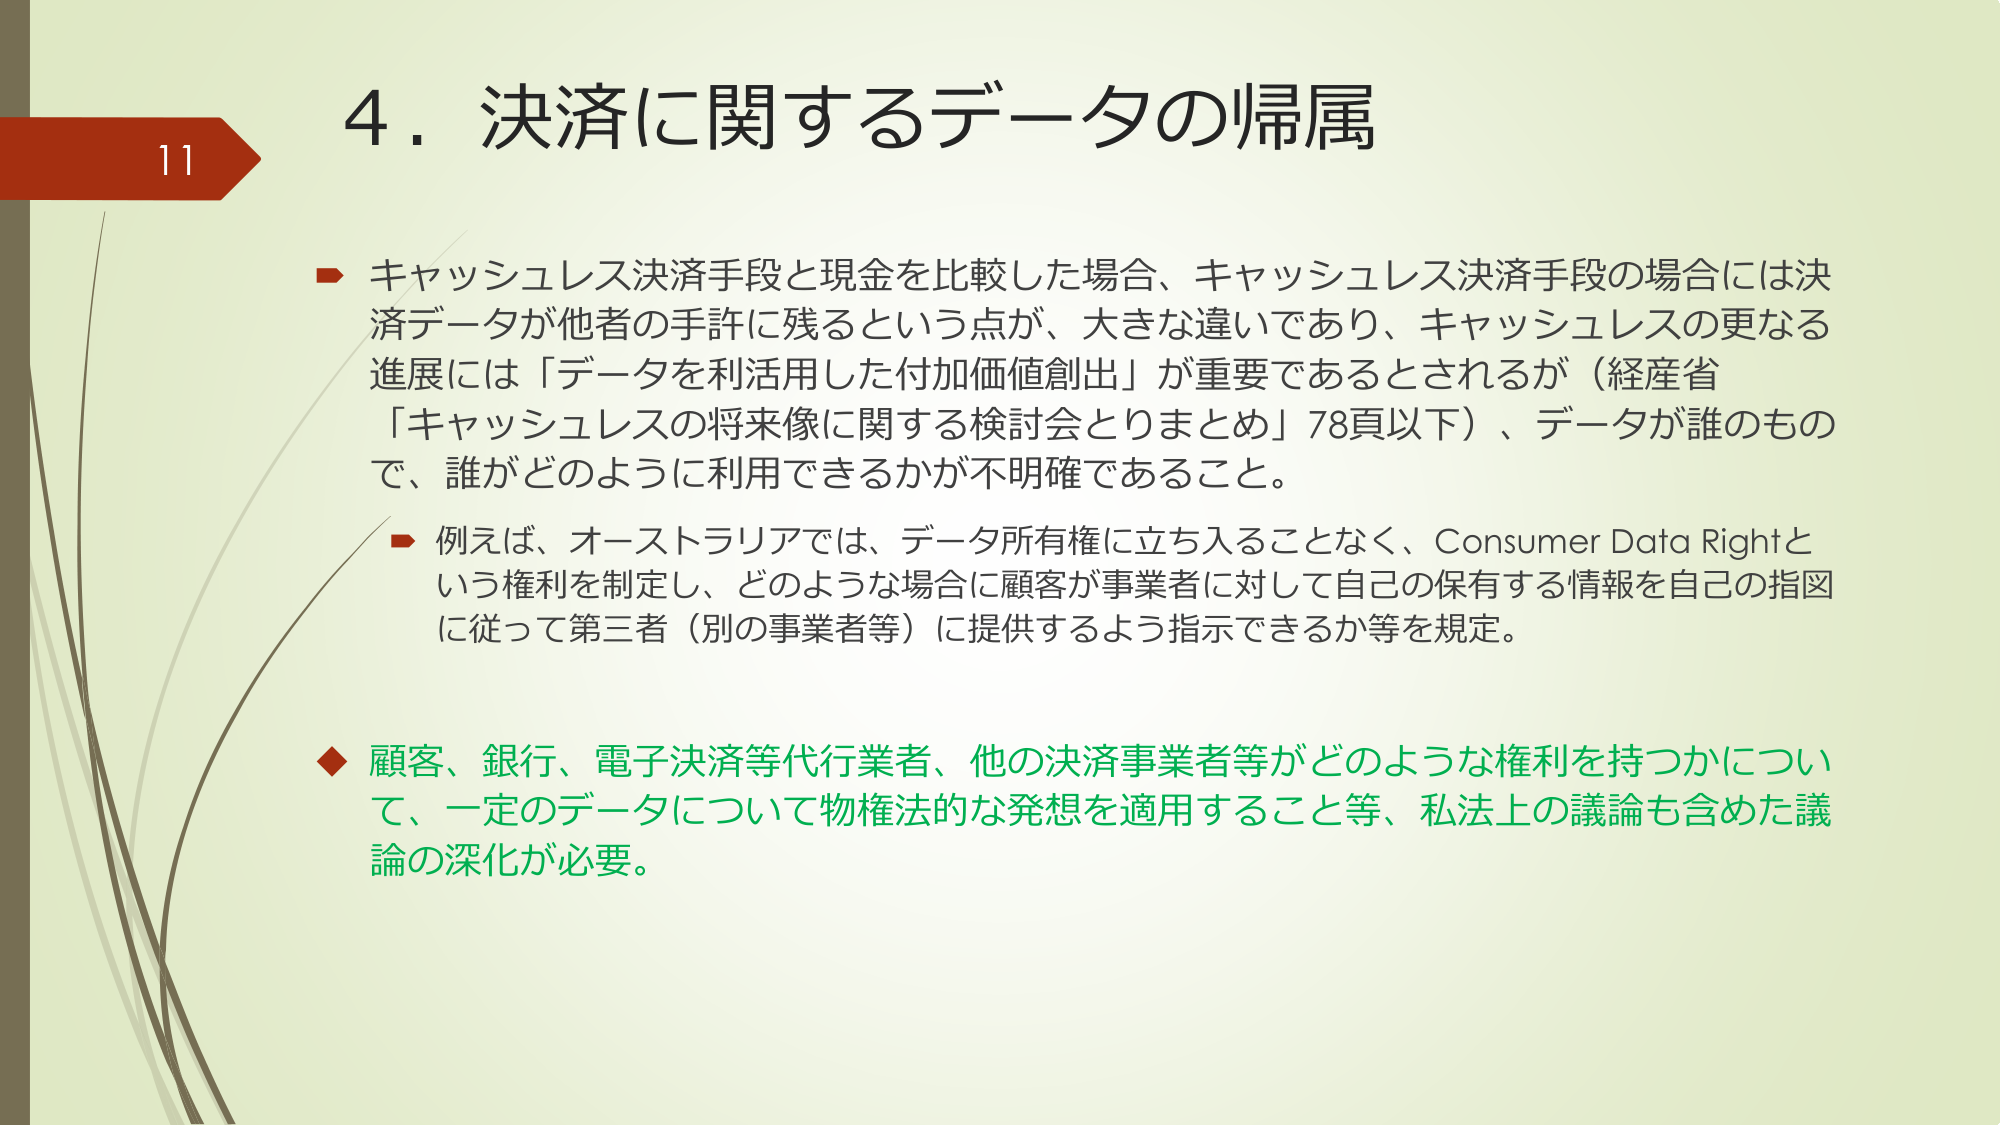
11
4．決済に関するデータの帰属
▶ キャッシュレス決済手段と現金を比較した場合、キャッシュレス決済手段の場合には決済データが他者の手許に残るという点が、大きな違いであり、キャッシュレスの更なる進展には「データを利活用した付加価値創出」が重要であるとされるが（経産省「キャッシュレスの将来像に関する検討会とりまとめ」78頁以下）、データが誰のもので、誰がどのように利用できるかが不明確であること。
▶ 例えば、オーストラリアでは、データ所有権に立ち入ることなく、Consumer Data Rightという権利を制定し、どのような場合に顧客が事業者に対して自己の保有する情報を自己の指図に従って第三者（別の事業者等）に提供するよう指示できるか等を規定。
◆ 顧客、銀行、電子決済等代行業者、他の決済事業者等がどのような権利を持つかについて、一定のデータについて物権法的な発想を適用すること等、私法上の議論も含めた議論の深化が必要。